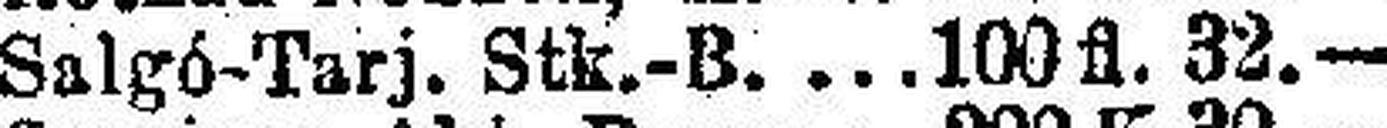
Salgó-Tarj. Stk-B. 100 fl. 32.—